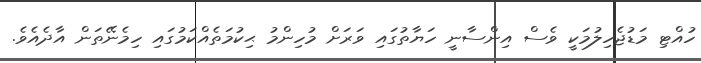
ހުއްޓި މަޑުޖެހިލުމަކީ ވެސް އިންސާނީ ހަޔާތުގައި ވަރަށް މުހިންމު ޙިކުމަތެއްކަމުގައި ހިމެނޭތަން އާދެއެވެ.